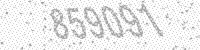
Solution: 859091